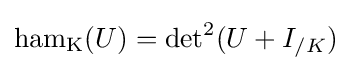
\operatorname {ham_{K}} (U)=\operatorname {det} ^{2}(U+I_{/K})